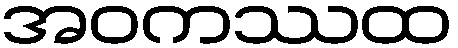
အဝကဿထ